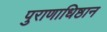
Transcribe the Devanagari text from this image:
पुराणाधिष्ठान